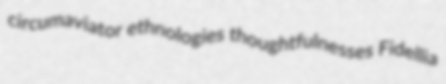
circumaviator ethnologies thoughtfulnesses Fidellia